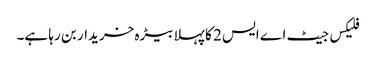
فلیکس جیٹ اے ایس 2 کا پہلا بیڑہ خریدار بن رہا ہے۔